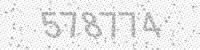
Solution: 578774